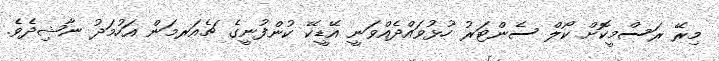
މިރޭ ރަސްމީކޮށް ކޯލް ސެންޓަރު ހުޅުވައްދެއްވަނީ އޭޑީކޭ ކުންފުނީގެ ޗެއަރމަން އަހުމަދު ނާޝިދެވެ.